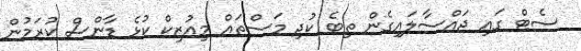
ސެޓް ގައި ޖައްސާލައިގެން ތިބެ ކުދި މަސްތައް މިއުޒިކް ކުޅެ ޑާންސް ކުރަމުން